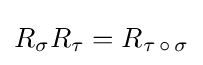
R_{\sigma }R_{\tau }=R_{\tau \,\circ \,\sigma }